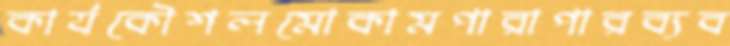
কার্যকৌশলমোকামপারাপারব্যব